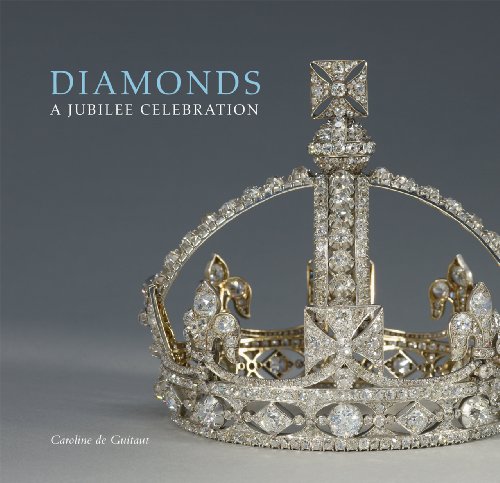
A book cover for Diamonds: A Jubilee Celebration (Souvenir Album); Caroline de Guitaut; Crafts, Hobbies & Home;